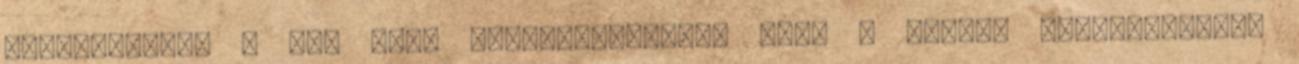
elméletében, a nők arra szelektálódtak, hogy a férﬁak párkapcsolati